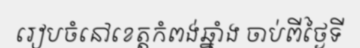
រៀបចំនៅខេត្តកំពង់ឆ្នាំង ចាប់ពីថ្ងៃទី